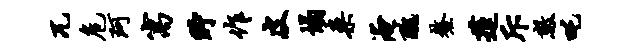
兀危珂寓贮作皮塌案淹丑鳌莲斥数吒